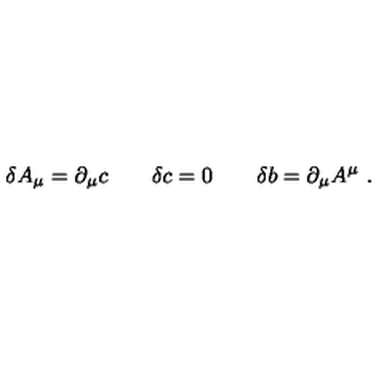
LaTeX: \delta A _ { \mu } = \partial _ { \mu } c \qquad \delta c = 0 \qquad \delta b = \partial _ { \mu } A ^ { \mu } \ .